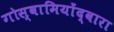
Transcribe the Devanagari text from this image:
गोस्वामियोंद्वारा